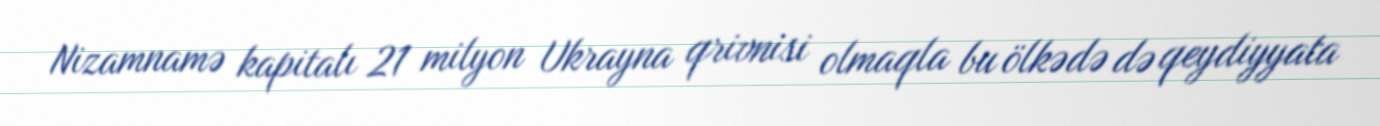
Nizamnamə kapitalı 21 milyon Ukrayna qrivnisi olmaqla bu ölkədə də qeydiyyata